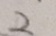
2